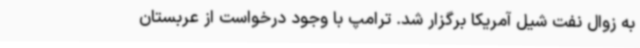
به زوال نفت شیل آمریکا برگزار شد. ترامپ با وجود درخواست از عربستان